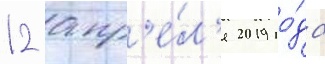
12 апр'е́л'я 2019 го́да